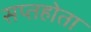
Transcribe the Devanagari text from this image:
सप्तहोता